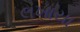
લખાયા